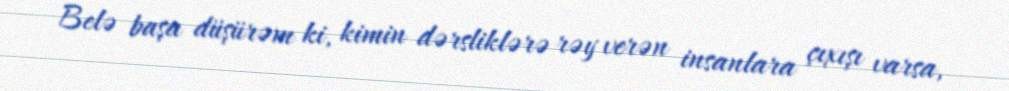
Belə başa düşürəm ki, kimin dərsliklərə rəy verən insanlara çıxışı varsa,